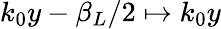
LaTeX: k_{0}y-\beta_{L}/2\mapsto k_{0}y